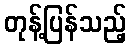
တုန့်ပြန်သည့်